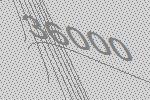
36000